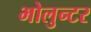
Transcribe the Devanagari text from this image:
भोलुन्टर